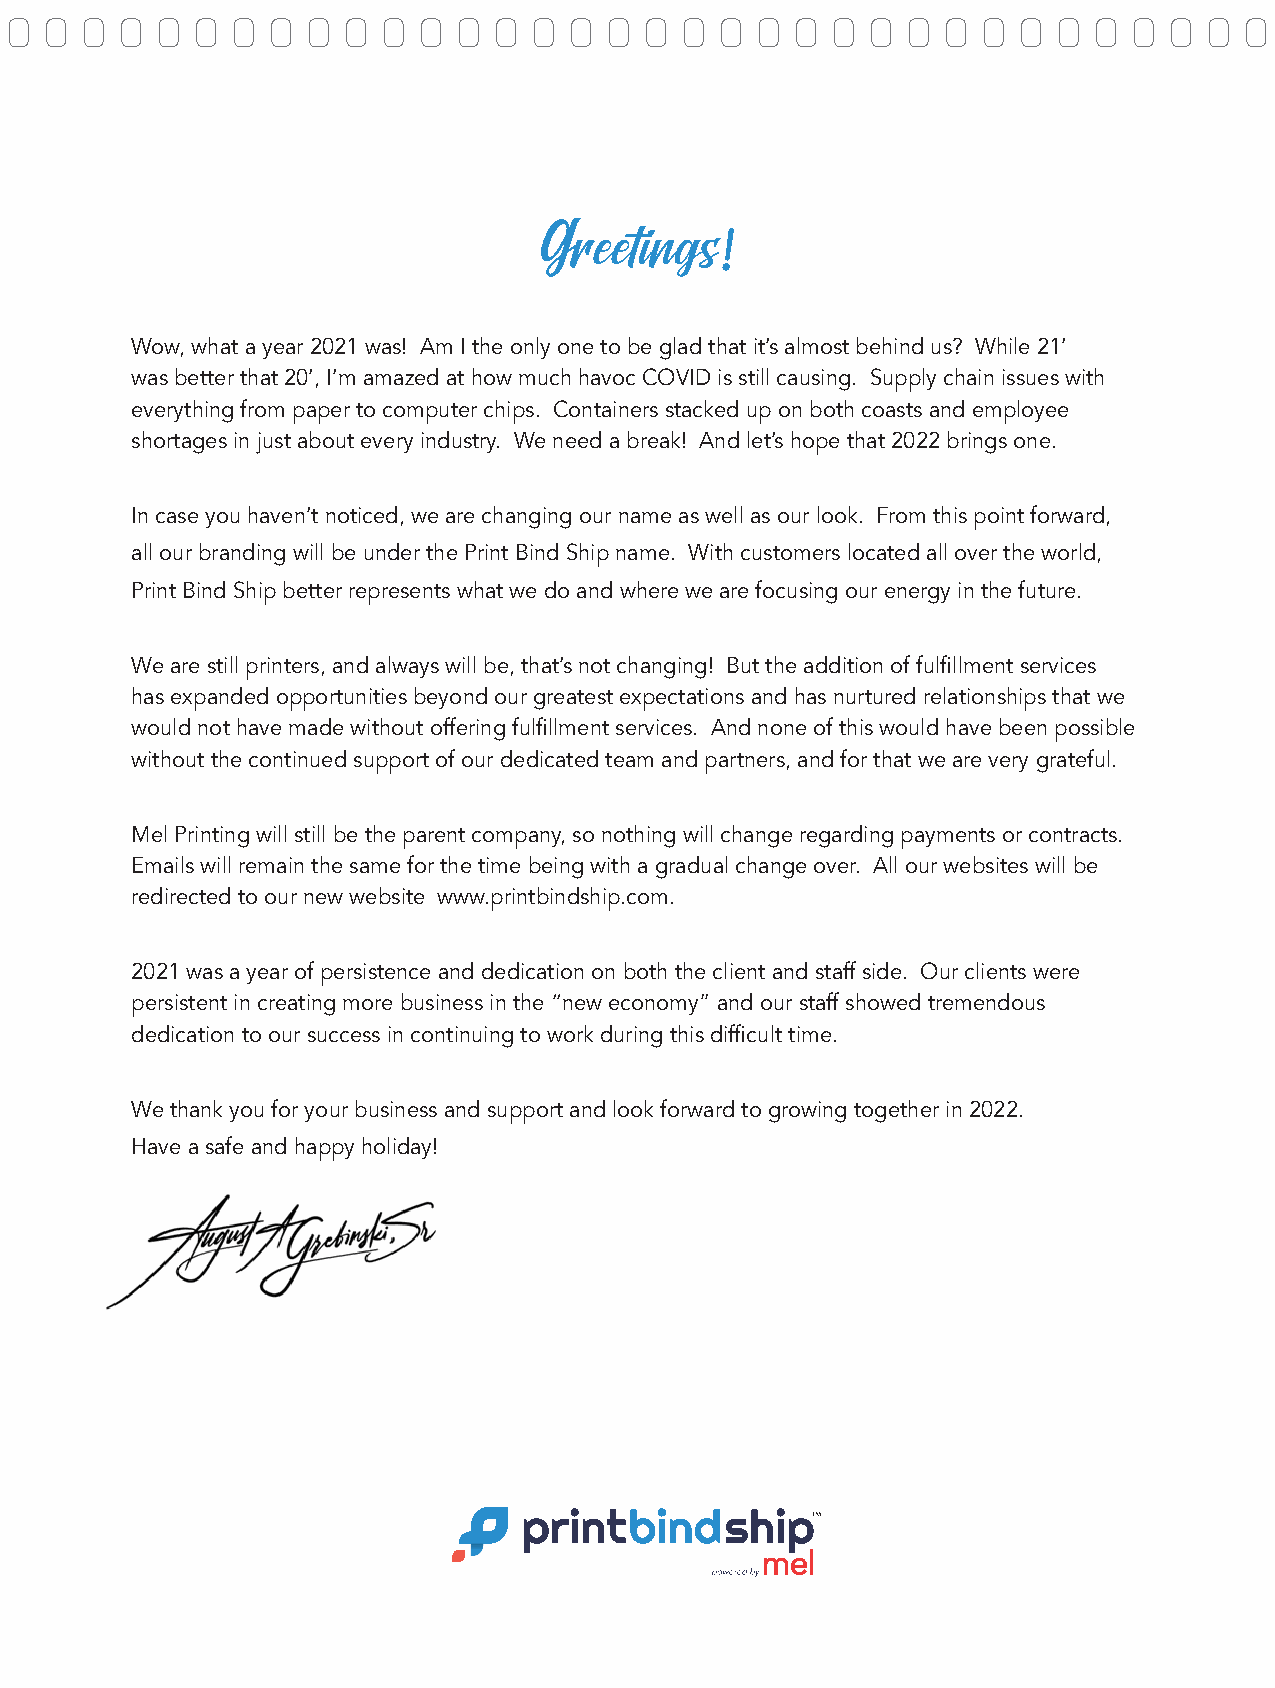
Greetings!
 Wow, what a year 2021 was! Am I the only one to be glad that it’s almost behind us? While 21’
 was better that 20’, I’m amazed at how much havoc COVID is still causing. Supply chain issues with
 everything from paper to computer chips. Containers stacked up on both coasts and employee
 shortages in just about every industry. We need a break! And let’s hope that 2022 brings one.
 In case you haven’t noticed, we are changing our name as well as our look. From this point forward,
 all our branding will be under the Print Bind Ship name. With customers located all over the world,
 Print Bind Ship better represents what we do and where we are focusing our energy in the future.
 We are still printers, and always will be, that’s not changing! But the addition of fulfillment services
 has expanded opportunities beyond our greatest expectations and has nurtured relationships that we
 would not have made without offering fulfillment services. And none of this would have been possible
 without the continued support of our dedicated team and partners, and for that we are very grateful.
 Mel Printing will still be the parent company, so nothing will change regarding payments or contracts.
 Emails will remain the same for the time being with a gradual change over. All our websites will be
 redirected to our new website www.printbindship.com.
 2021 was a year of persistence and dedication on both the client and staff side. Our clients were
 persistent in creating more business in the “new economy” and our staff showed tremendous
 dedication to our success in continuing to work during this difficult time.
 We thank you for your business and support and look forward to growing together in 2022.
 Have a safe and happy holiday!